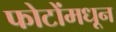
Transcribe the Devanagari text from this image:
फोटोंमधून